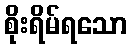
စိုးရိမ်ရသော